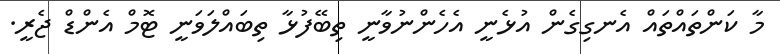
މާ ކަންތައްތައް އެނގިގެން އުޅެނީ އެހެންނުވާނީ ތިބޭފުޅާ ތިބައްލަވަނީ ޓޮމް އެންޑް ޖެރީ.